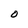
Character: O